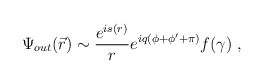
\begin{align*}\Psi_{out}(\vec{r})\sim \frac{e^{is(r)}}re^{iq(\phi+\phi'+\pi)}f(\gamma) \ ,\end{align*}